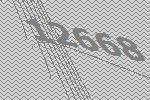
12668